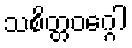
သစိတ္တဝဂ္ဂေါ